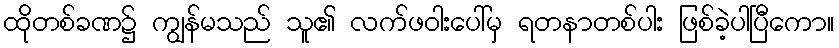
ထိုတစ်ခဏ၌ ကျွန်မသည် သူ၏ လက်ဖဝါးပေါ်မှ ရတနာတစ်ပါး ဖြစ်ခဲ့ပါပြီကော။